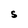
Character: S